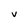
Character: V